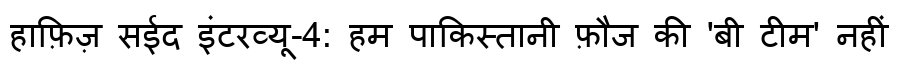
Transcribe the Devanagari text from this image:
हाफ़िज़ सईद इंटरव्यू-4: हम पाकिस्तानी फ़ौज की 'बी टीम' नहीं